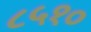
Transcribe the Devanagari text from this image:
८५१०